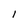
Character: 1